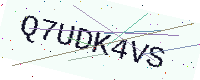
Text: Q7UDK4VS